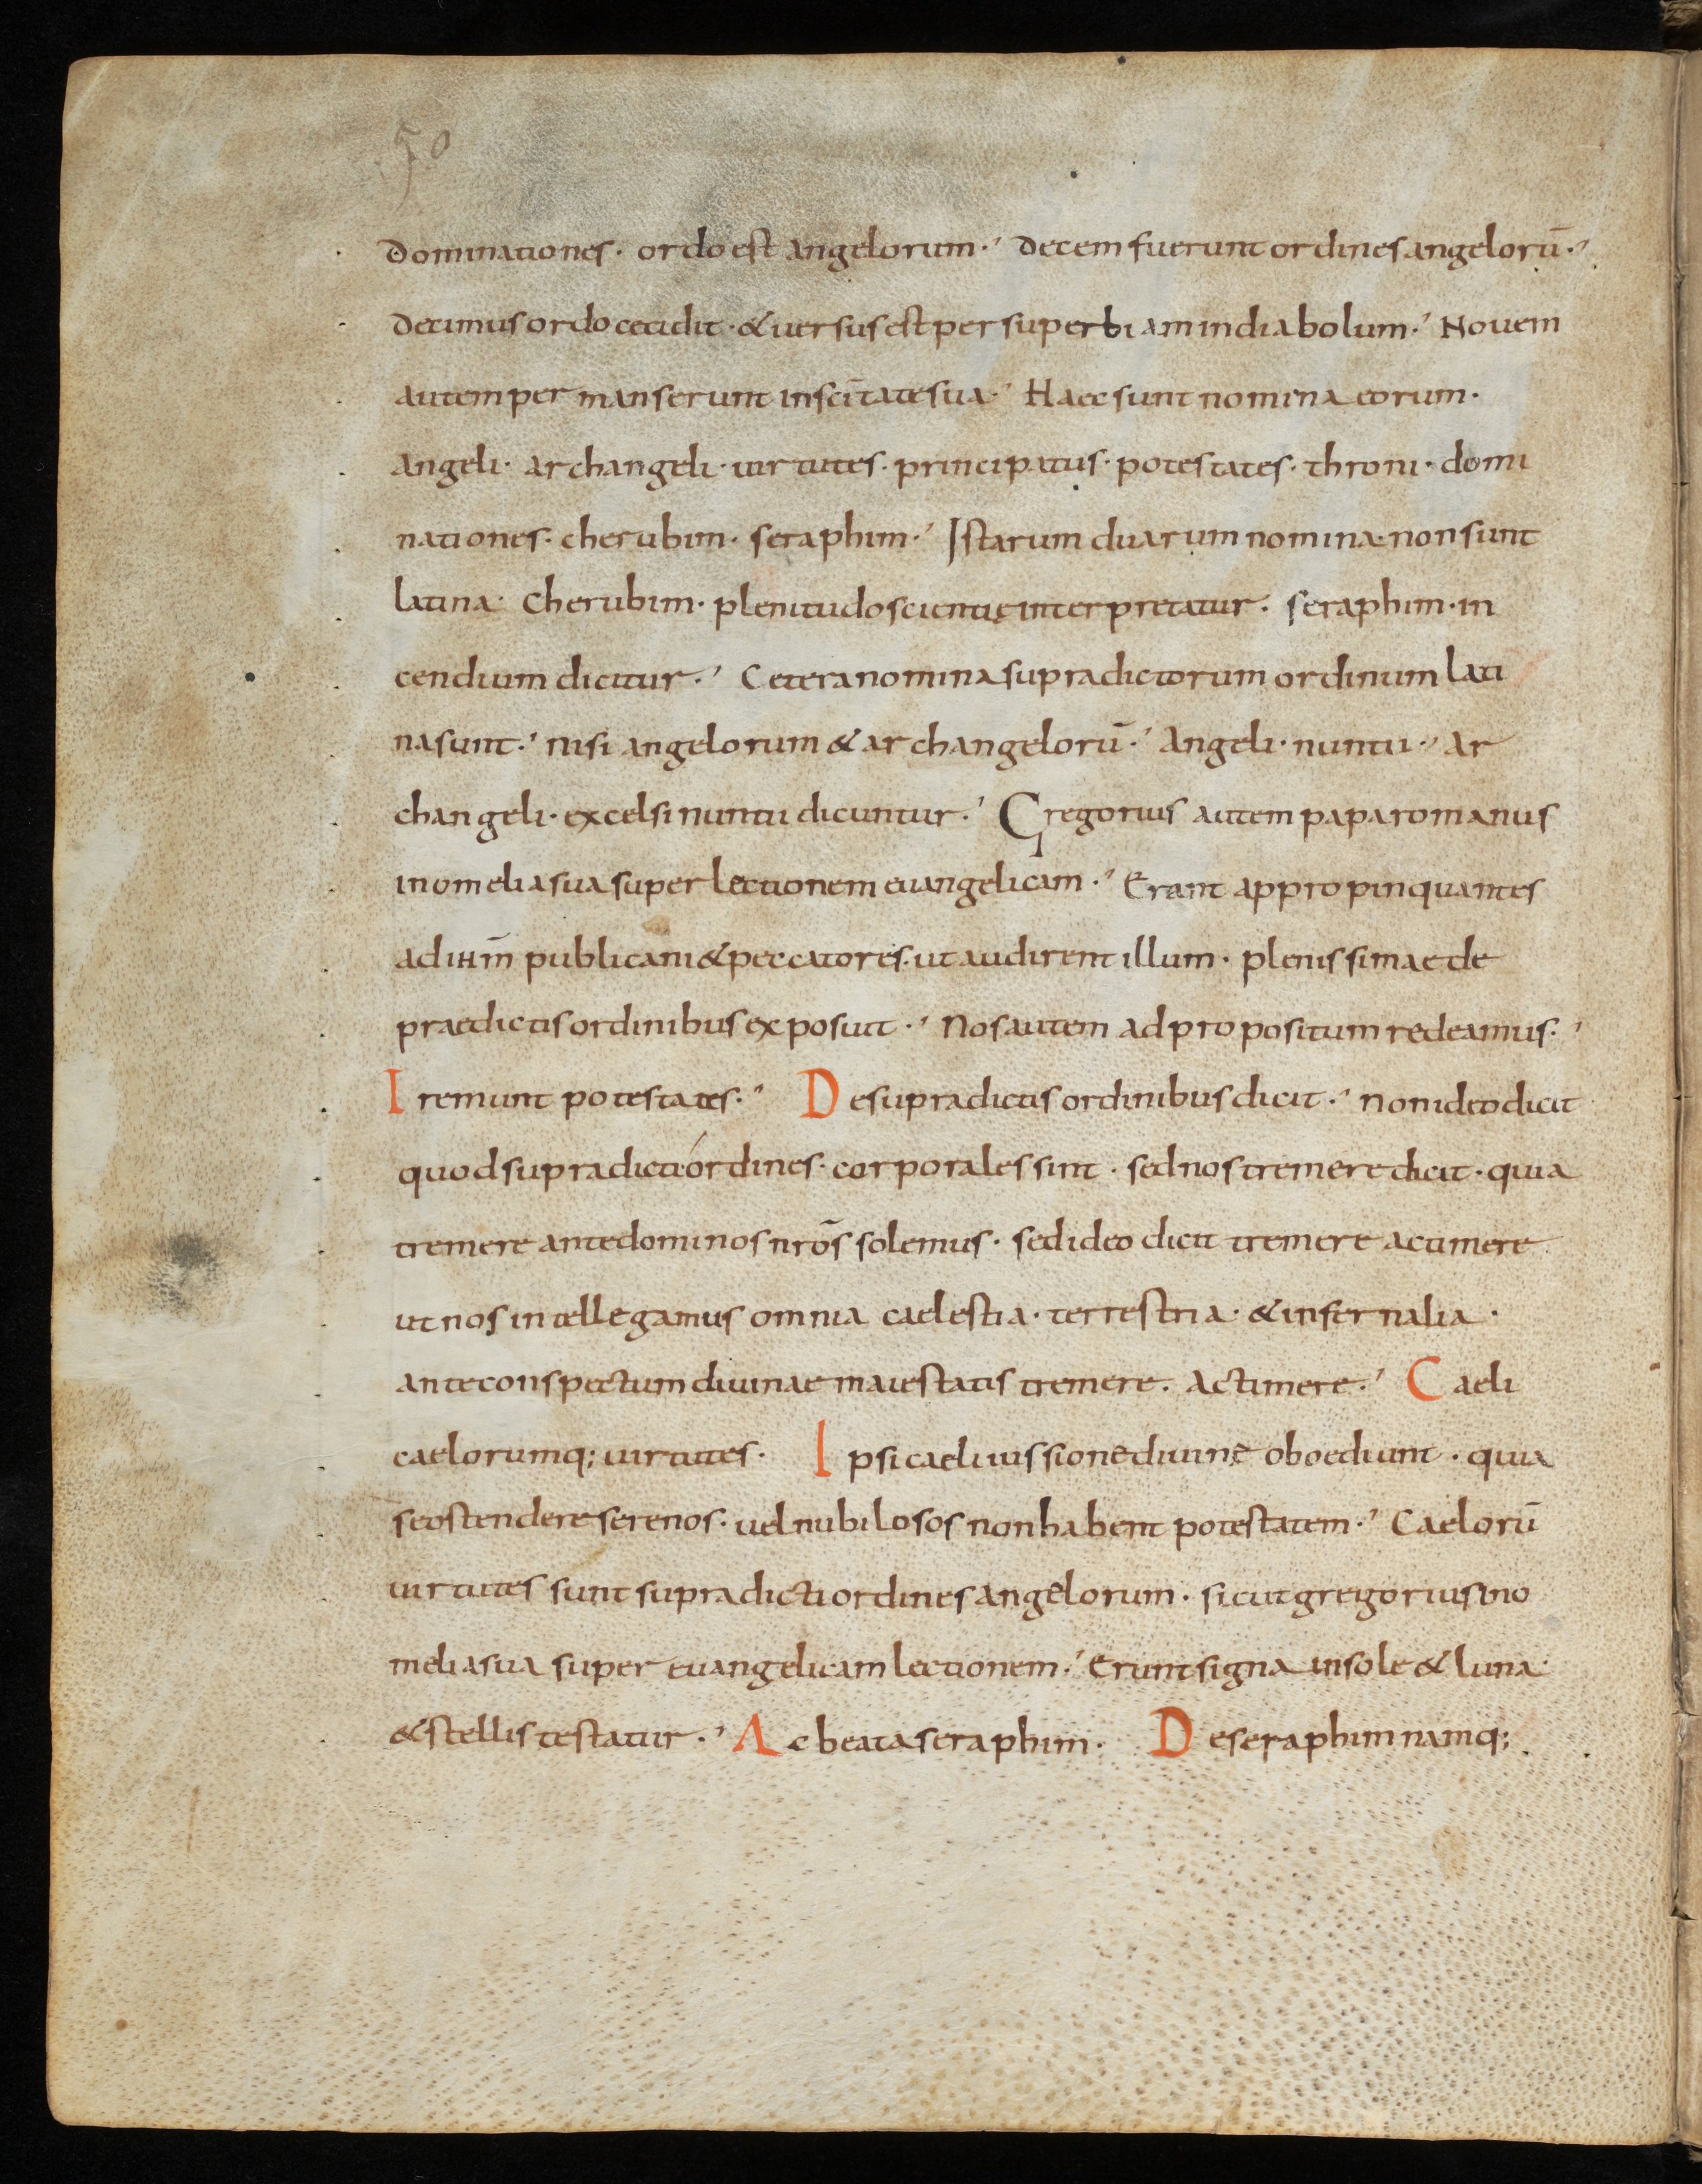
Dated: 900–999